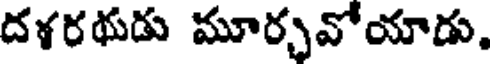
దళరథుడు మూర్చవోయాడు.